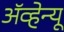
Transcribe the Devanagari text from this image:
अॅव्हेन्यू